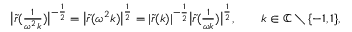
\begin{array} { r } { \big | \tilde { r } ( \frac { 1 } { \omega ^ { 2 } k } ) \big | ^ { - \frac { 1 } { 2 } } = \big | \tilde { r } ( \omega ^ { 2 } k ) \big | ^ { \frac { 1 } { 2 } } = | \tilde { r } ( k ) | ^ { - \frac { 1 } { 2 } } \big | \tilde { r } ( \frac { 1 } { \omega k } ) \big | ^ { \frac { 1 } { 2 } } , \qquad k \in \mathbb { C } \setminus \{ - 1 , 1 \} , } \end{array}